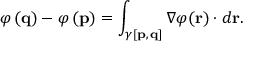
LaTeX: \varphi \left( \mathbf { q } \right) - \varphi \left( \mathbf { p } \right) = \int _ { \gamma [ \mathbf { p } , \, \mathbf { q } ] } \nabla \varphi ( \mathbf { r } ) \cdot d \mathbf { r } .